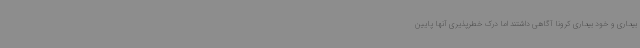
بیماری و خود بیماری کرونا آگاهی داشتند اما درک خطرپذیری آنها پایین